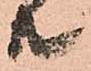
共